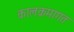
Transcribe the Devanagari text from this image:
कालक्रमागत